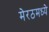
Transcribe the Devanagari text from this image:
मेरठमध्ये